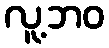
လူ့ဘဝ